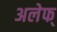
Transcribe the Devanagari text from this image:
अलेफ्